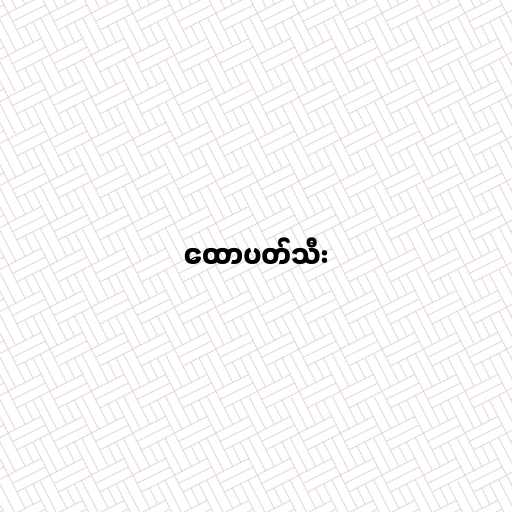
ထောပတ်သီး